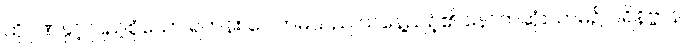
ထိုဂုဏ်နှင့် ပြည့်စုံသော ရဟန်း ဂေါတမသည် ယနေ့ညဉ့်၏ နောက်ဆုံးယာမ်၌ ပရိနိဗ္ဗာန်